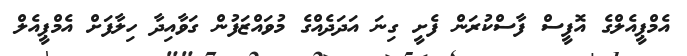
އެމްޕީއެލްގެ އޮފީސް ފާސްކުރަން ފެށީ ގިނަ އަދަދެއްގެ މުވައްޒަފުން ގަވާއިދާ ހިލާފަށް އެމްޕީއެލް